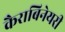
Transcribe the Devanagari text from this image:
कैराबिनेयरी